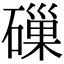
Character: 𥕘